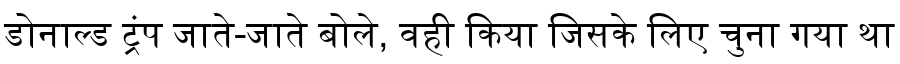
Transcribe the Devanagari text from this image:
डोनाल्ड ट्रंप जाते-जाते बोले, वही किया जिसके लिए चुना गया था